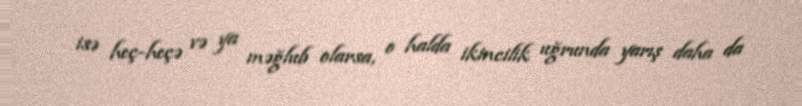
isə heç-heçə və ya məğlub olarsa, o halda ikincilik uğrunda yarış daha da